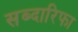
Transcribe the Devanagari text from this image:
सब्दारिफा